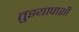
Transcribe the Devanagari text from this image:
तुझ्यापाशी